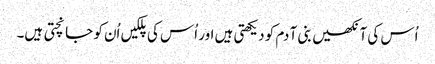
اُس کی آنکھیں بنی آ دم کو دیکھتی ہیں اور اُس کی پلکیں اُن کو جانچتی ہیں۔